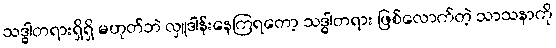
သဒ္ဓါတရားရှိရှိ မဟုတ်ဘဲ လှူဒါန်းနေကြရတော့ သဒ္ဓါတရား ဖြစ်လောက်တဲ့ သာသနာကို